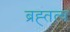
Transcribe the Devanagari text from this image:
ब्रह्तत्व